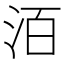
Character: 洦